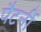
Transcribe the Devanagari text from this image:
पैटर्नी